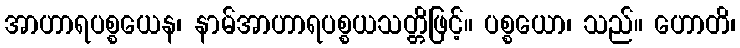
အာဟာရပစ္စယေန၊ နာမ်အာဟာရပစ္စယသတ္တိဖြင့်။ ပစ္စယော၊ သည်။ ဟောတိ၊